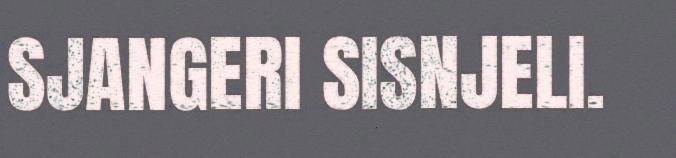
SJANGERI SISNJELI.